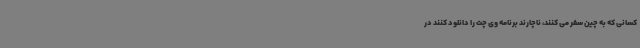
کسانی که به چین سفر می کنند، ناچارند برنامه وی چت را دانلود کنند در